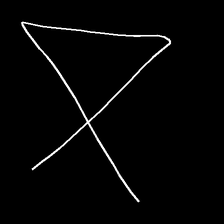
Glyph: collection